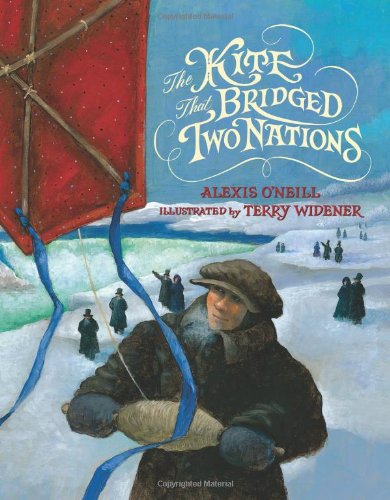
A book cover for The Kite that Bridged Two Nations: Homan Walsh and the First Niagara Suspension Bridge; Alexis O'Neill; Children's Books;